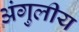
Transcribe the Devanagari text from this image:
अंगुलीय